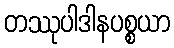
တဿုပါဒါနပစ္စယာ